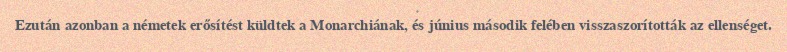
Ezután azonban a németek erősítést küldtek a Monarchiának, és június második felében visszaszorították az ellenséget.